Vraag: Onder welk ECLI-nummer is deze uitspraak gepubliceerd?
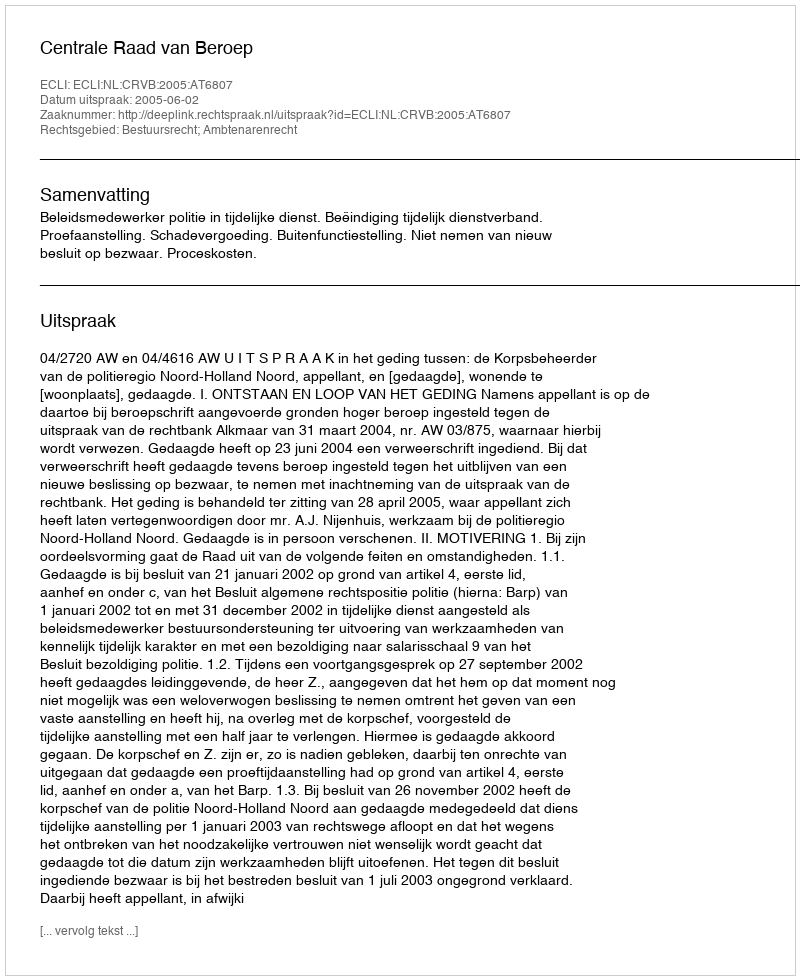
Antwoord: ECLI:NL:CRVB:2005:AT6807